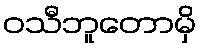
ဝသီဘူတောမှိ